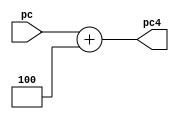
`timescale 1ns / 1ps
//////////////////////////////////////////////////////////////////////////////////
// Company: 
// Engineer: 
// 
// Design Name: 
// Module Name: PC_Add4
// Project Name: 
// Target Devices: 
// Tool Versions: 
// Description: 
// 
// Dependencies: 
// 
// Revision:
// Revision 0.01 - File Created
// Additional Comments:
// 
//////////////////////////////////////////////////////////////////////////////////


module PC_Add4(
	input [31:0]pc,
	output reg[31:0]pc4
    );
	always @(pc) begin
		pc4<=pc+4;
	end
endmodule